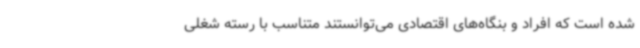
شده است که افراد و بنگاه‌های اقتصادی می‌توانستند متناسب با رسته شغلی